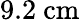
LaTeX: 9.2\ \mathrm{cm}